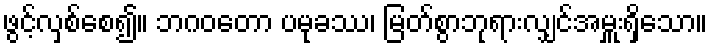
ဖွင့်လှစ်စေ၍။ ဘဂဝတော ပမုခဿ၊ မြတ်စွာဘုရားလျှင်အမှူးရှိသော။